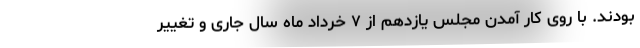
بودند. با روی کار آمدن مجلس یازدهم از ۷ خرداد ماه سال جاری و تغییر